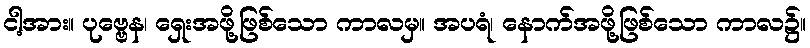
ငါ့အား။ ပုဗ္ဗေန၊ ရှေးအဖို့ဖြစ်သော ကာလမှ။ အပရံ၊ နောက်အဖို့ဖြစ်သော ကာလ၌။